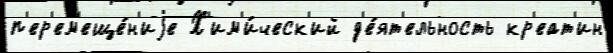
п'ер'ем'еще́н'иjе Х'им'и́ческ'ий д'е́ят'ельность кр'еат'ин